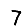
Digit: 7